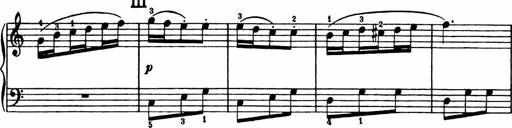
Title: Analytical Sonatinas
Composer: Frank Lynes